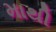
માથી